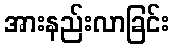
အားနည်းလာခြင်း